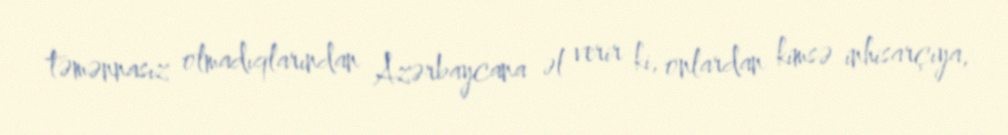
təmənnasız olmadıqlarından Azərbaycana əl verir ki, onlardan kimsə inhisarçıya,